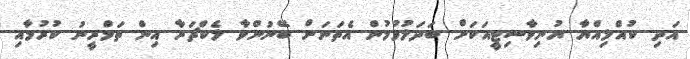
އަދި ކުއްލިއްޔާ ޔުނިވާސިޓީއަކަށް ބަދަލުވުމުން އެތަނަށް ބޭނުންވާ ލެކްޗަރާ އިން ތަމްރީނު ކުރުމާއި